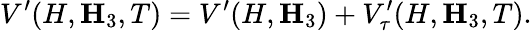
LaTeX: V^{\prime}(H,{\mathbf H}_{3},T)=V^{\prime}(H,{\mathbf H}_{3})+V_{\tau}^{\prime}(H,{\mathbf H}_{3},T).